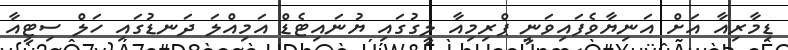
ޑިމާރިއާ އަށް އަނިޔާވެފައިވަނީ ޕްރިމިއާ ލީގުގައި ޔުނައިޓެޑް އަމިއްލަ ދަނޑުގައި ހަލް ސިޓީއާ